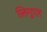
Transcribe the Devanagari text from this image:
लिगुएर